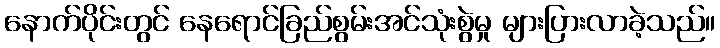
နောက်ပိုင်းတွင် နေရောင်ခြည်စွမ်းအင်သုံးစွဲမှု များပြားလာခဲ့သည်။